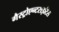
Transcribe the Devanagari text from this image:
गैस्ट्रोएन्टराइटिस